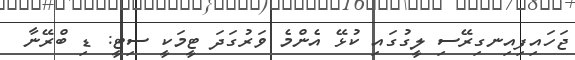
ޖަހައިފިއިނގިރޭސި ލީގުގައި ކުޅޭ އެންމެ ވަރުގަދަ ޓީމަކީ ސިޓީ: ޑި ބްރޭނާ